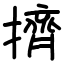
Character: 擠